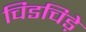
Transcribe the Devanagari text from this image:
चिडचिड़े